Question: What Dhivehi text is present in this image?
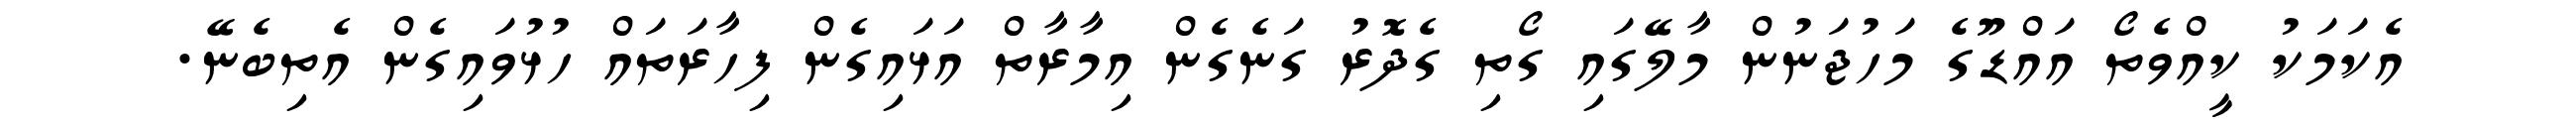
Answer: އެކަމަކު ކީއްވެތޯ އައްޑޫގެ މަހުޖަނުން މާލޭގައި ގޯތި ގެދޮރު ގަނެގެން އިމާރާތް އަޅައިގެން ފިހާރަތައް ހުޅުވައިގެން އެތިބެނޭ.